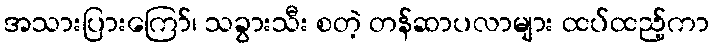
အသားပြားကြော်၊ သခွားသီး စတဲ့ တန်ဆာပလာများ ထပ်ထည့်ကာ